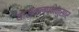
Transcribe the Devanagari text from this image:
यासंकल्पनेनुसार